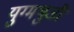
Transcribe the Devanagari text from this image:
युग्मभुजी